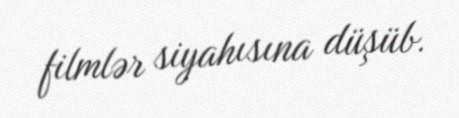
filmlər siyahısına düşüb.